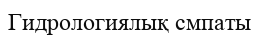
Гидрологиялық смпаты